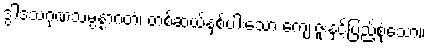
ဒွါဒသဂုဏသမ္ပန္နာဂတံ၊ တစ်ဆယ့်နှစ်ပါးသော ကျေးဇူးနှင့်ပြည့်စုံသော။